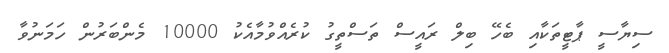
ސިޔާސީ ޕާޓީތަކާއި ބެހޭ ބިލް ރައީސް ތަސްތީގު ކުރެއްވުމާއެކު 10000 މެންބަރުން ހަމަނުވާ